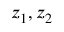
z _ { 1 } , z _ { 2 }